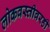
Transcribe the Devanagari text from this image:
लोकवस्तीवरही